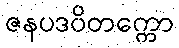
ဇနပဒဝိတက္ကော